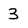
Character: 3